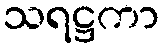
သရဋ္ဌကာ